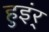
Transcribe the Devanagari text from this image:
हुइंर्